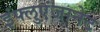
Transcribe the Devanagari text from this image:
इंफ्लुएंजानेट